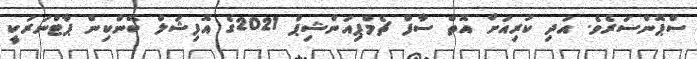
ސްޕޮންސަރެވެ. އަދި ކުރިއަށް އޮތް ސާފް ޗެމްޕިއަންޝިޕް 2021ގެ އޮފިޝަލް ބޭންކިން ޕާޓްނަަރަކީ